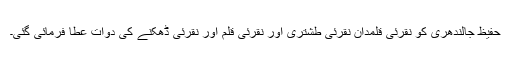
حفیظ جالندھری کو نقرئی قلمدان نقرئی طشتری اور نقرئی قلم اور نقرئی ڈھکنے کی دوات عطا فرمائی گئی۔